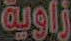
زاوية